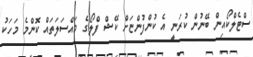
ސްޓެލްކޯއިން ބޭނުން ކުރަނީ އެ ކުންފުންޏަށް ކޭޝް ފްލޯގެ މައްސަލަތައް ކޮންމެ މަހަކު